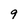
Character: 9